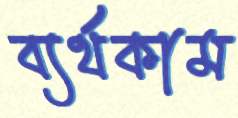
ব্যর্থকাম